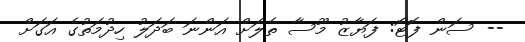
-- ސަން ފޮޓޯ: ފަޔާޒު މޫސާ ތެލަށް އަންނަ ބަދަލު ހިދުމަތުގެ އަގަށް